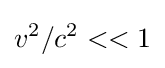
{v^{2}}/{c^{2}}<<1